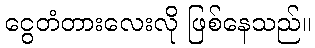
ငွေတံတားလေးလို ဖြစ်နေသည်။